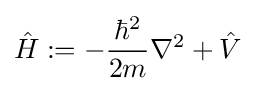
{\hat {H}}:=-{\frac {\hbar ^{2}}{2m}}\nabla ^{2}+{\hat {V}}